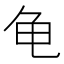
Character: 龟